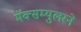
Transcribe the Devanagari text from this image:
मॅक्सम्युलरने